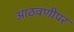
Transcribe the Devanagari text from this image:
आठवणीपर